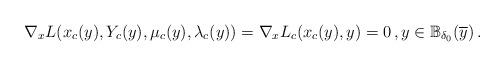
LaTeX: \begin{align*}\nabla_x L(x_c(y),Y_c(y),\mu_c(y),\lambda_c(y)) =\nabla_xL_c(x_c(y),y)=0\, , y\in \mathbb{B}_{\delta_0}(\overline{y})\, .\end{align*}